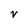
Character: V